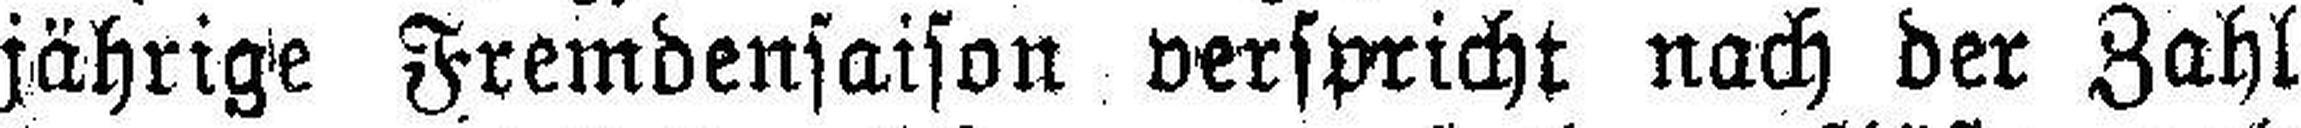
jährige Fremdensaison verspricht nach der Zahl